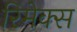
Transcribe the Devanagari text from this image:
रिमेक्स